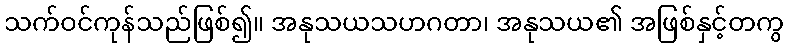
သက်ဝင်ကုန်သည်ဖြစ်၍။ အနုသယသဟဂတာ၊ အနုသယ၏ အဖြစ်နှင့်တကွ